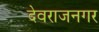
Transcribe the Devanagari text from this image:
देवराजनगर